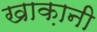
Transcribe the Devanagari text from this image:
खाक़ानी